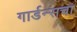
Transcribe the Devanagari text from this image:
गार्डन्सचा